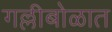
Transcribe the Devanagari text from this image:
गल्लीबोळात